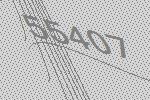
55407